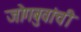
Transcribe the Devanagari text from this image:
जोगबुवांची